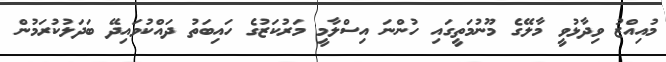
މުއިއްޒު ވިދާޅުވީ މާލޭގެ މޫނުމަތީގައި ހުންނަ އިސްލާމީ މަރުކަޒުގެ ހައިބަތު ދައްކުވައިދޭ ބަދަލުކުރަމުން